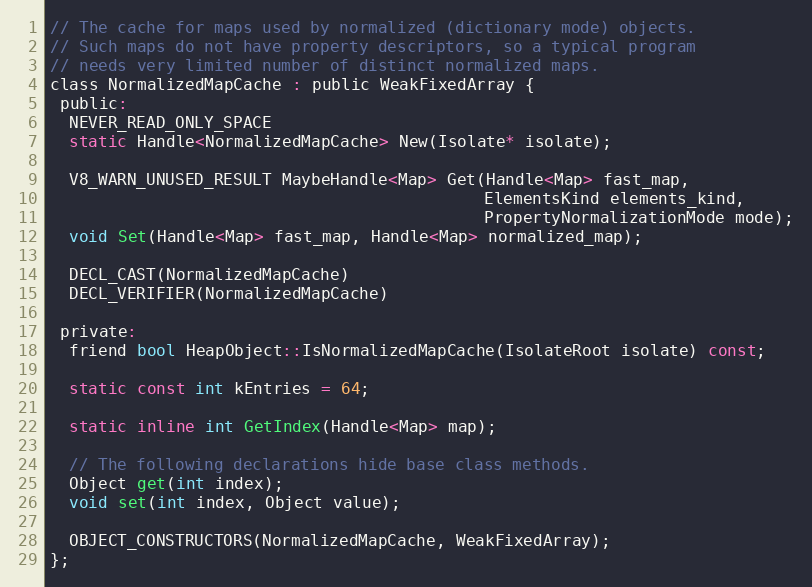
Language: C
// The cache for maps used by normalized (dictionary mode) objects.
// Such maps do not have property descriptors, so a typical program
// needs very limited number of distinct normalized maps.
class NormalizedMapCache : public WeakFixedArray {
 public:
  NEVER_READ_ONLY_SPACE
  static Handle<NormalizedMapCache> New(Isolate* isolate);

  V8_WARN_UNUSED_RESULT MaybeHandle<Map> Get(Handle<Map> fast_map,
                                             ElementsKind elements_kind,
                                             PropertyNormalizationMode mode);
  void Set(Handle<Map> fast_map, Handle<Map> normalized_map);

  DECL_CAST(NormalizedMapCache)
  DECL_VERIFIER(NormalizedMapCache)

 private:
  friend bool HeapObject::IsNormalizedMapCache(IsolateRoot isolate) const;

  static const int kEntries = 64;

  static inline int GetIndex(Handle<Map> map);

  // The following declarations hide base class methods.
  Object get(int index);
  void set(int index, Object value);

  OBJECT_CONSTRUCTORS(NormalizedMapCache, WeakFixedArray);
};